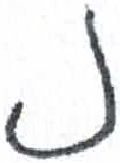
אות: נ